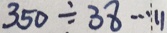
3 5 0 \div 3 8 \cdots 1 1